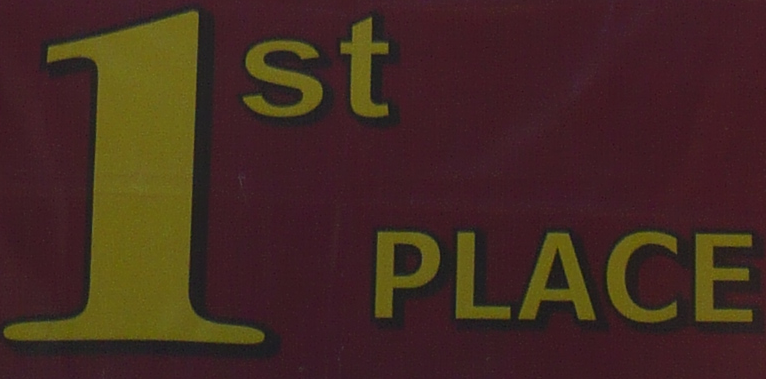
1st PLACE